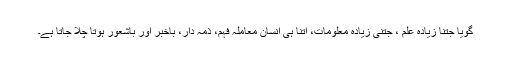
گویا جتنا زیادہ علم ، جتنی زیادہ معلومات، اتنا ہی انسان معاملہ فہم، ذمہ دار، باخبر اور باشعور ہوتا چلا جاتا ہے۔